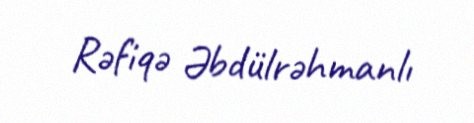
Rəfiqə Əbdülrəhmanlı